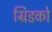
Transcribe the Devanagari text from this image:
ग्रिडको